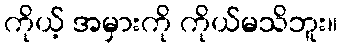
ကိုယ့် အမှားကို ကိုယ်မသိဘူး။